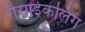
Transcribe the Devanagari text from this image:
रीसाइकलिंग